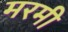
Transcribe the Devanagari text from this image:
मरमी